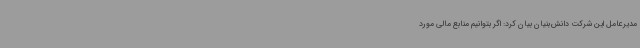
مدیرعامل این شرکت دانش‌بنیان بیان کرد: اگر بتوانیم منابع مالی مورد